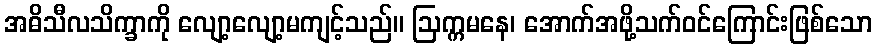
အဓိသီလသိက္ခာကို လျော့လျော့မကျင့်သည်။ ဩက္ကမနေ၊ အောက်အဖို့သက်ဝင်ကြောင်းဖြစ်သော